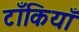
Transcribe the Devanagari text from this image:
टाँकियाँ